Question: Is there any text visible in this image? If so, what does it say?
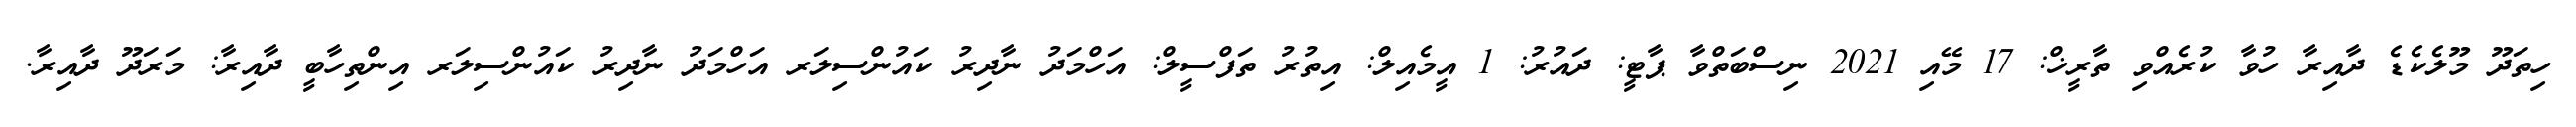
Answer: ހިތަދޫ މޫލެކެޑެ ދާއިރާ ހުވާ ކުރެއްވި ތާރީޚް: 17 މޭއި 2021 ނިސްބަތްވާ ޕާޓީ: ދައުރު: 1 އީމެއިލް: އިތުރު ތަފްސީލް: އަހްމަދު ނާދިރު ކައުންސިލަރ އަހްމަދު ނާދިރު ކައުންސިލަރ އިންތިހާބީ ދާއިރާ: މަރަދޫ ދާއިރާ.